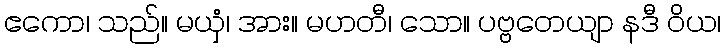
ဧကော၊ သည်။ မယှံ၊ အား။ မဟတီ၊ သော။ ပဗ္ဗတေယျာ နဒီ ဝိယ၊